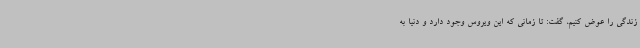
زندگی را عوض کنیم، گفت: تا زمانی که این ویروس وجود دارد و دنیا به